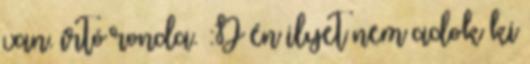
van. írtó ronda. :D én ilyet nem adok ki